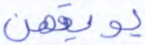
يوبقهن